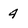
Character: 4